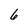
Character: 6